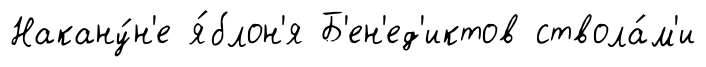
Накану́н'е я́блон'я Б'ен'ед'иктов ствола́м'и